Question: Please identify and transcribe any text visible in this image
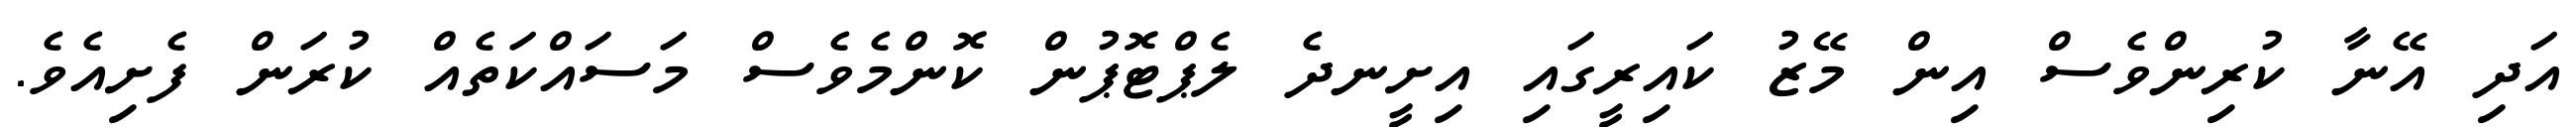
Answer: އަދި އޭނާ ކުރިންވެސް އިން މޭޒު ކައިރީގައި އިށީނދެ ލެޕްޓޮޕުން ކޮންމެވެސް މަސައްކަތެއް ކުރަން ފެށިއެވެ.